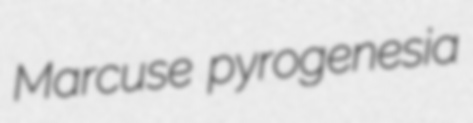
Marcuse pyrogenesia